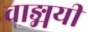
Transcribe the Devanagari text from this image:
वाङ्मयी